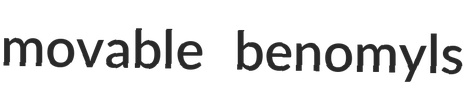
movable benomyls